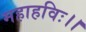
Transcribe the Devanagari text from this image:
महाहविः।।